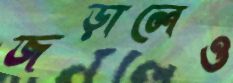
জড়ালেও